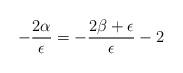
LaTeX: \begin{align*}-\frac{2\alpha}{\epsilon }=-\frac{2\beta+\epsilon }{\epsilon }-2\end{align*}